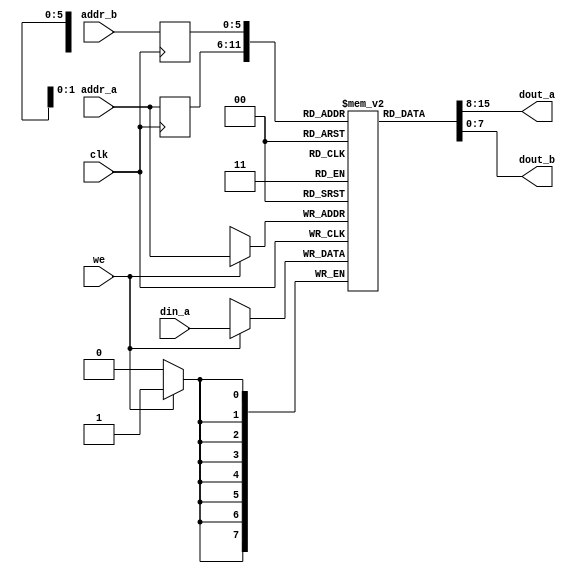
`timescale 1ns / 1ps
//////////////////////////////////////////////////////////////////////////////////
// Company: 
// Engineer: 
// 
// Design Name: 
// Module Name:    xilinx_dual_port_ram_sync 
// Project Name: 
// Target Devices: 
// Tool versions: 
// Description: 
//
// Dependencies: 
//
// Revision: 
// Revision 0.01 - File Created
// Additional Comments: 
//
//////////////////////////////////////////////////////////////////////////////////
module xilinx_dual_port_ram_sync
   #(
     parameter ADDR_WIDTH = 6,
               DATA_WIDTH = 8
   )
   (
    input wire clk,
    input wire we,
    input wire [ADDR_WIDTH-1:0] addr_a, addr_b,
    input wire [DATA_WIDTH-1:0] din_a,
    output wire [DATA_WIDTH-1:0] dout_a, dout_b
   );

   // signal declaration
   reg [DATA_WIDTH-1:0] ram [2**ADDR_WIDTH-1:0];
   reg [ADDR_WIDTH-1:0] addr_a_reg, addr_b_reg;

   // body
   always @(posedge clk)
   begin
      if (we)  // write operation
        ram[addr_a] <= din_a;
      addr_a_reg <= addr_a;
      addr_b_reg <= addr_b;
   end
   // two read operations
   assign dout_a = ram[addr_a_reg];
   assign dout_b = ram[addr_b_reg];

endmodule